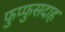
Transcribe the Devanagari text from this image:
फुप्फुसदाह